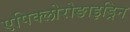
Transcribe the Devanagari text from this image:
एपिक्लोरोङाइड्रिन